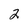
Character: 2